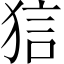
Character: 狺